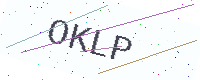
Text: OKLP